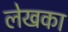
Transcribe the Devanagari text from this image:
लेखका